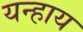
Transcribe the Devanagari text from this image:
यन्हाय